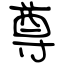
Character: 尊